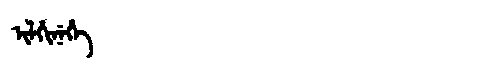
Manchu: ᡳᠯᡥᡳᠨᡝᡥᡝ
Romanization: ILHINEHE